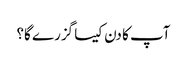
آپ کا دن کیسا گزرے گا؟